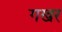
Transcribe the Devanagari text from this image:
गखर